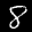
Digit: 8